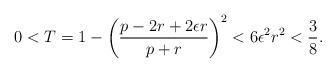
LaTeX: \begin{align*}0<T=1-\left(\frac{p-2r+2\epsilon r}{p+r}\right)^2<6\epsilon^2r^2<\frac{3}{8}.\end{align*}